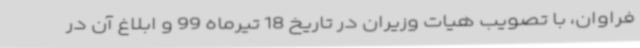
فراوان، با تصویب‌ هیات وزیران در تاریخ 18 تیرماه 99 و ابلاغ آن در